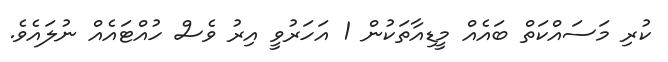
ކުރި މަސައްކަތް ބައެއް މީޑިއާތަކުން 1 އަހަރުވީ އިރު ވެސް ހުއްޓައެއް ނުލައެވެ.